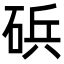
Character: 𮀠